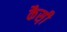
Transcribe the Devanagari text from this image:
कैस़ी